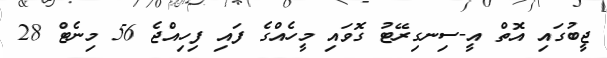
ޖީބުގައި އޮތް އީ-ސިނގިރޭޓު ގޮވައި މީހެއްގެ ފައި ފިހިއްޖެ 56 މިނެޓް 28